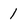
Character: 1